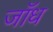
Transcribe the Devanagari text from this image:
जाँध